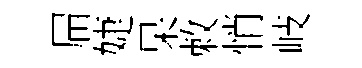
屇婕杲敕悄岐